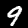
Label: 9